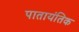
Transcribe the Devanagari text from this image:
पातायंतिक